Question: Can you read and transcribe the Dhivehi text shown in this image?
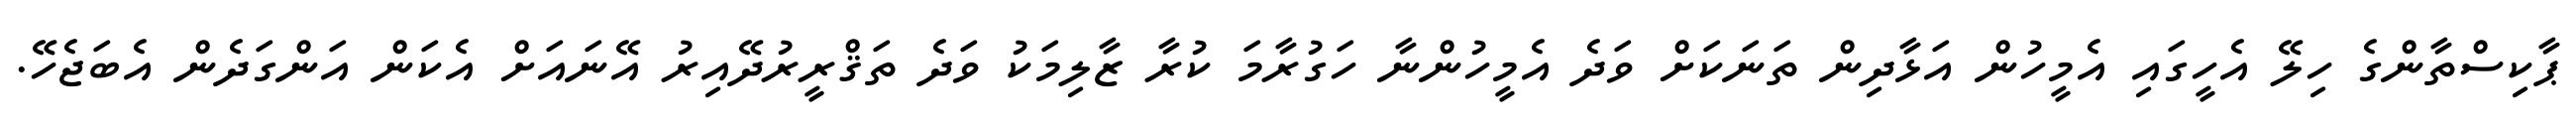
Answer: ޕާކިސްތާންގެ ހިލޭ އެހީގައި އެމީހުން އަޅާދިން ތަނަކަށް ވަދެ އެމީހުންނާ ހަގުރާމަ ކުރާ ޒާލިމަކު ވަދެ ތަޤްރީރުދޭއިރު އޭނައަށް އެކަން އަންގަދެން އެބަޖެހޭ.